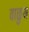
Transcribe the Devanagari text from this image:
वाळुम